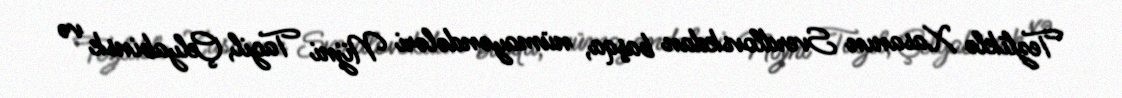
Tezliklə Xasanın Sverdlovskdan başqa, nümayəndələri Nijni Tagil, Çelyabinsk və